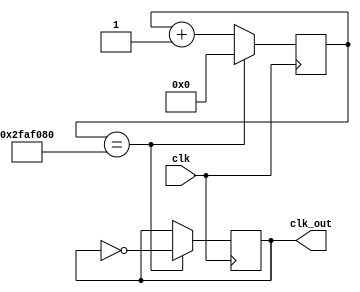
module clk_div (clk, clk_out);
  input wire clk;
  output reg clk_out = 0;

  reg [31:0] fraclk = 0;

  always @ ( posedge clk ) begin
    fraclk <= fraclk + 1;
    if (fraclk == 50000000) begin
      fraclk <= 0;
      clk_out <= ~clk_out;
    end
  end

endmodule //clk_div